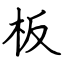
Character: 板